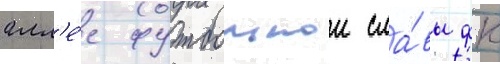
алл'е́е футбольнои сла́вы фк